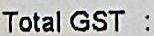
TOTAL GST :